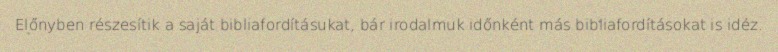
Előnyben részesítik a saját bibliafordításukat, bár irodalmuk időnként más bibliafordításokat is idéz.